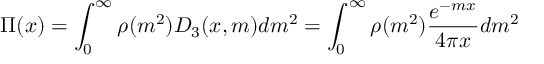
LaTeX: \Pi ( x ) = \int _ { 0 } ^ { \infty } \rho ( m ^ { 2 } ) D _ { 3 } ( x , m ) d m ^ { 2 } = \int _ { 0 } ^ { \infty } \rho ( m ^ { 2 } ) { \frac { e ^ { - m x } } { 4 \pi x } } d m ^ { 2 }